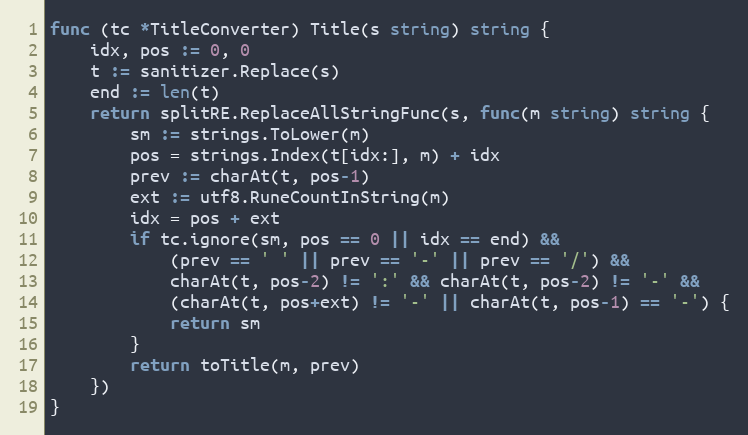
Language: Go
func (tc *TitleConverter) Title(s string) string {
	idx, pos := 0, 0
	t := sanitizer.Replace(s)
	end := len(t)
	return splitRE.ReplaceAllStringFunc(s, func(m string) string {
		sm := strings.ToLower(m)
		pos = strings.Index(t[idx:], m) + idx
		prev := charAt(t, pos-1)
		ext := utf8.RuneCountInString(m)
		idx = pos + ext
		if tc.ignore(sm, pos == 0 || idx == end) &&
			(prev == ' ' || prev == '-' || prev == '/') &&
			charAt(t, pos-2) != ':' && charAt(t, pos-2) != '-' &&
			(charAt(t, pos+ext) != '-' || charAt(t, pos-1) == '-') {
			return sm
		}
		return toTitle(m, prev)
	})
}